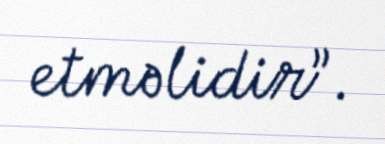
etməlidir”.